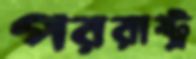
পররাষ্ট্র